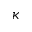
\kappa